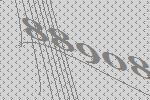
88908